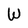
Character: W